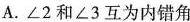
A.∠2和∠3互为内错角